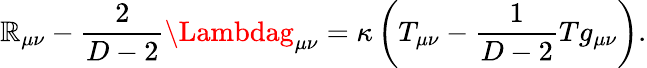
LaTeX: \mathbb{R}_{\mu\nu}-{\frac{{2}}{{D-2}}}\Lambdag_{\mu\nu}=\kappa\left(T_{\mu\nu}-{\frac{{1}}{{D-2}}}Tg_{\mu\nu}\right).